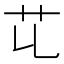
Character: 𦫷